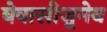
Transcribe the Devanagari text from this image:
बेवासीज़ुमेब